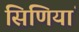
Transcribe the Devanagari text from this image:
सिणियां